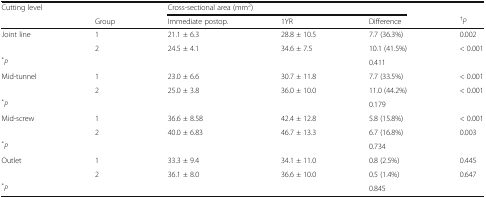
<table><thead><tr><td><b>Cutting level</b></td><td></td><td colspan="3"><b>Cross-sectional area (mm<sup>2</sup>)</b></td><td></td></tr><tr><td></td><td><b>Group</b></td><td><b>Immediate postop.</b></td><td><b>1YR</b></td><td><b>Difference</b></td><td><b><sup>†</sup><i>P</i></b></td></tr></thead><tbody><tr><td>Joint line</td><td>1</td><td>21.1 ± 6.3</td><td>28.8 ± 10.5</td><td>7.7 (36.3%)</td><td>0.002</td></tr><tr><td></td><td>2</td><td>24.5 ± 4.1</td><td>34.6 ± 7.5</td><td>10.1 (41.5%)</td><td>&lt; 0.001</td></tr><tr><td><sup>*</sup><i>P</i></td><td></td><td></td><td></td><td>0.411</td><td></td></tr><tr><td>Mid-tunnel</td><td>1</td><td>23.0 ± 6.6</td><td>30.7 ± 11.8</td><td>7.7 (33.5%)</td><td>&lt; 0.001</td></tr><tr><td></td><td>2</td><td>25.0 ± 3.8</td><td>36.0 ± 10.0</td><td>11.0 (44.2%)</td><td>&lt; 0.001</td></tr><tr><td><sup>*</sup><i>P</i></td><td></td><td></td><td></td><td>0.179</td><td></td></tr><tr><td>Mid-screw</td><td>1</td><td>36.6 ± 8.58</td><td>42.4 ± 12.8</td><td>5.8 (15.8%)</td><td>&lt; 0.001</td></tr><tr><td></td><td>2</td><td>40.0 ± 6.83</td><td>46.7 ± 13.3</td><td>6.7 (16.8%)</td><td>0.003</td></tr><tr><td><sup>*</sup><i>P</i></td><td></td><td></td><td></td><td>0.734</td><td></td></tr><tr><td>Outlet</td><td>1</td><td>33.3 ± 9.4</td><td>34.1 ± 11.0</td><td>0.8 (2.5%)</td><td>0.445</td></tr><tr><td></td><td>2</td><td>36.1 ± 8.0</td><td>36.6 ± 10.0</td><td>0.5 (1.4%)</td><td>0.647</td></tr><tr><td><sup>*</sup><i>P</i></td><td></td><td></td><td></td><td>0.845</td><td></td></tr></tbody></table>